Civil Veterinary Department Bengal reports 1923-33 - 1923-1933
Year: 1923
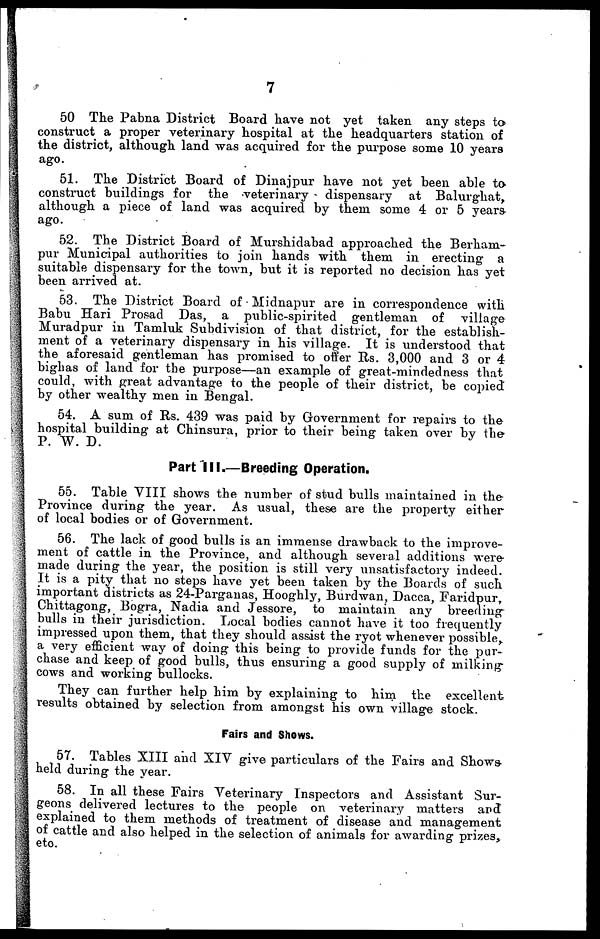
7
50. The Pabna District Board have not yet taken any steps to
construct a proper veterinary hospital at the headquarters station of
the district, although land was acquired for the purpose some 10 years
ago.
51. The District Board of Dinajpur have not yet been able to-
construct buildings for the veterinary dispensary at Balurghat,
although a piece of land was acquired by them some 4 or 5 years-
ago.
52. The District Board of Murshidabad approached the Berham-
pur Municipal authorities to join hands with them in erecting a
suitable dispensary for the town, but it is reported no decision has yet
been arrived at.
53. The District Board of Midnapur are in correspondence with
Babu Hari Prosad Das, a public-spirited gentleman of village
Muradpur in Tamluk Subdivision of that district, for the establish-
ment of a veterinary dispensary in his village. It is understood that
the aforesaid gentleman has promised to offer Rs. 3,000 and 3 or 4
bighas of land for the purpose—an example of great-mindedness that
could, with great advantage to the people of their district, be copied
by other wealthy men in Bengal.
54. A sum of Rs. 439 was paid by Government for repairs to the
hospital building at Chinsura, prior to their being taken over by the
P. W. D.
Part III.—Breeding Operation.
55. Table VIII shows the number of stud bulls maintained in the
Province during the year. As usual, these are the property either
of local bodies or of Government.
56. The lack of good bulls is an immense drawback to the improve-
ment of cattle in the Province, and although several additions were
made during the year, the position is still very unsatisfactory indeed.
It is a pity that no steps have yet been taken by the Boards of such
important districts as 24-Parganas, Hooghly, Burdwan, Dacca, Faridpur,
Chittagong, Bogra, Nadia and Jessore, to maintain any breeding
bulls in their jurisdiction. Local bodies cannot have it too frequently
impressed upon them, that they should assist the ryot whenever possible,
a very efficient way of doing this being to provide funds for the pur-
chase and keep of good bulls, thus ensuring a good supply of milking
cows and working bullocks.
They can further help him by explaining to him the excellent
results obtained by selection from amongst his own village stock.
Fairs and Shows.
57. Tables XIII and XIV give particulars of the Fairs and Shows
held during the year.
58. In all these Fairs Veterinary Inspectors and Assistant Sur-
geons delivered lectures to the people on veterinary matters and
explained to them methods of treatment of disease and management
of cattle and also helped in the selection of animals for awarding prizes,
eto.